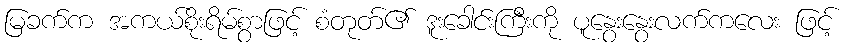
မြခက်က အကယ်စိုးရိမ်စွာဖြင့် စံတုတ်၏ ဒူးခေါင်းကြီးကို ပူနွေးနွေးလက်ကလေး ဖြင့်